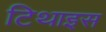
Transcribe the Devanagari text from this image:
टिथाइस